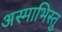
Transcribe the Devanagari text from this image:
अस्माभिस्तु